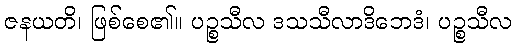
ဇနယတိ၊ ဖြစ်စေ၏။ ပဉ္စသီလ ဒသသီလာဒိဘေဒံ၊ ပဉ္စသီလ